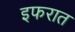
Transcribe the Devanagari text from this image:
इफरात